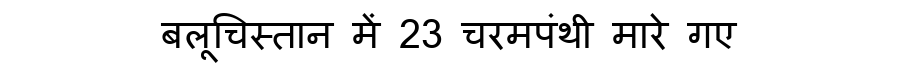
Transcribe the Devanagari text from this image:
बलूचिस्तान में 23 चरमपंथी मारे गए